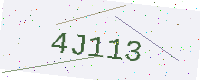
Text: 4J113